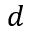
d